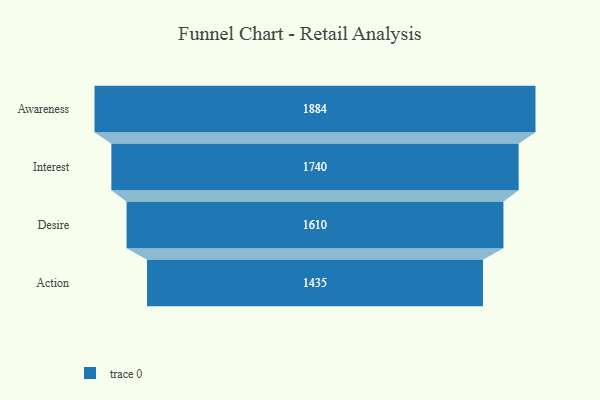
{"axis": {"x": "Stage", "y": "Value"}, "legend": [""], "data": [{"x": "Awareness", "y": 1884.0, "type": ""}, {"x": "Interest", "y": 1740.0, "type": ""}, {"x": "Desire", "y": 1610.0, "type": ""}, {"x": "Action", "y": 1435.0, "type": ""}]}